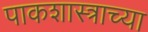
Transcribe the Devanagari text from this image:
पाकशास्त्राच्या